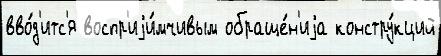
вво́д'итс'я воспр'иjи́мчивым обраще́н'иjа констру́кций